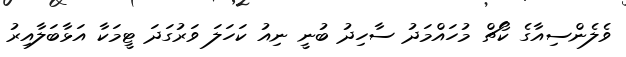
ވެލެންސިއާގެ ކޯޗް މުހައްމަދު ސާހިދު ބުނީ ނިއު ކަހަލަ ވަރުގަދަ ޓީމަކާ އަޅާބަލާއިރު